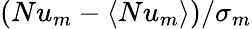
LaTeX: (Nu_{m}-\langle Nu_{m}\rangle)/\sigma_{m}